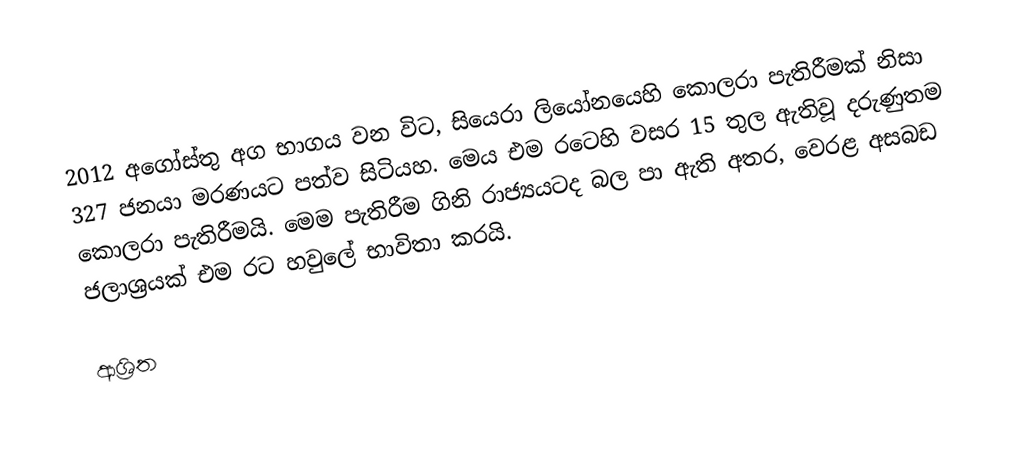
2012 අගෝස්තු අග භාගය වන විට, සියෙරා ලියෝනයෙහි කොලරා පැතිරීමක් නිසා 327 ජනයා මරණයට පත්ව සිටියහ. මෙය එම රටෙහි වසර 15 තුල ඇතිවූ දරුණුතම කොලරා පැතිරීමයි. මෙම පැතිරීම ගිනි රාජ්‍යයටද බල පා ඇති අතර, වෙරළ අසබඩ ජලාශ්‍රයක් එම රට හවුලේ භාවිතා කරයි.

ආශ්‍රිත